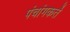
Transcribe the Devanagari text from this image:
पंचांगकर्ते